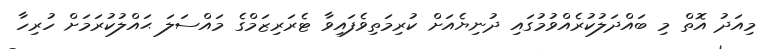
މިއަދު އޮތް މި ބައްދަލުކުރެއްވުމުގައި ދުނިޔެއަށް ކުރިމަތިވެފައިވާ ޓެރަރިޒަމްގެ މައްސަލަ ޙައްލުކުރަމަށް ހުރިހާ